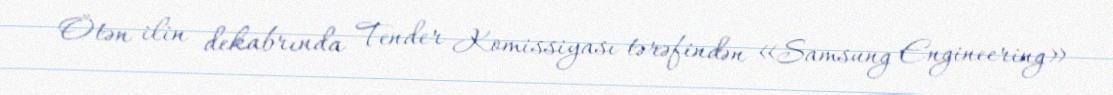
Ötən ilin dekabrında Tender Komissiyası tərəfindən «Samsung Engineering»